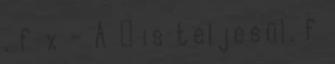
, f x - A ε is teljesül. f